Annual report of the Punjab Veterinary College and of the Civil Veterinary Department, Punjab - 1894-1908
Year: 1894
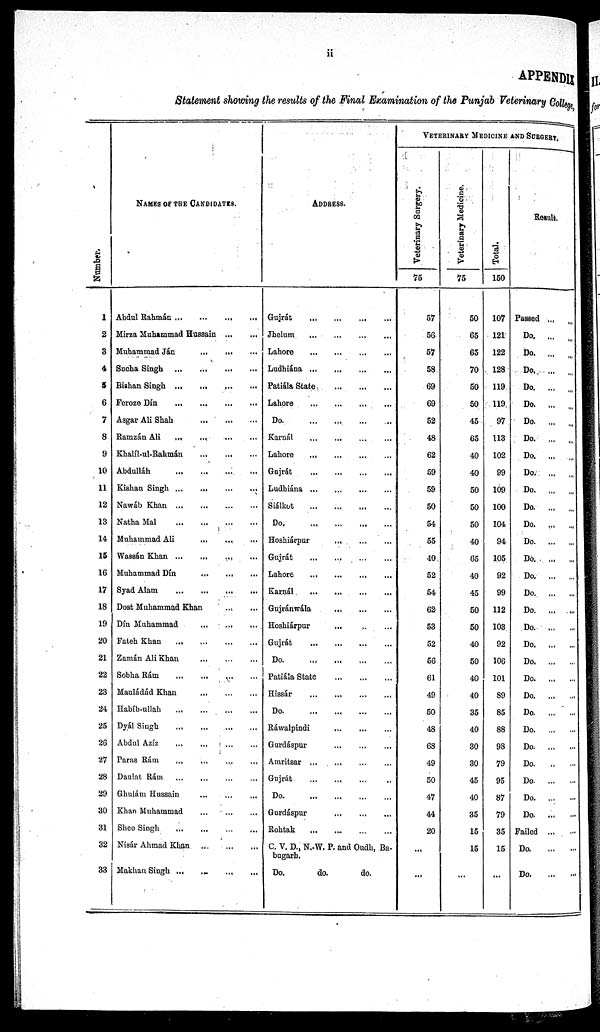
ii
APPENDIX
Statement showing the results of the Final Examination of the Punjab Veterinary College.
Number.
1
2
3
4
5
6
7
8
9
10
11
12
13
14
15
16
17
18
19
20
21
22
23
24
25
26
27
28
29
30
31
32
33
NAMES OF THE CANDIDATES.
Abdul Rahmán
...
...
...
...
Mirza Muhammad Hussain
...
...
Muhammad Ján
...
...
...
Sucha Singh
...
...
...
...
Bishan Singh
...
...
...
...
Feroze Dín
...
...
...
...
...
Asgar Ali Shah
...
...
...
Ramzán Ali
...
...
...
...
Khalíl-ul-Rahmán ... ... ...
Abdullah
...
...
...
...
Kishan Singh
...
...
...
...
Nawáb Khan
...
...
...
...
Natha
Mal
...
...
...
...
Muhammad Ali
...
...
...
Wassán Khan ... ... ... ...
Muhammad Din
...
...
...
Syad Alam
...
...
...
...
Dost Muhammad Khan ... ...
Dín Muhammad
...
...
...
Fateh Khan
...
...
...
...
Zamán Ali Khan
...
...
...
Sobha Rám
...
...
...
...
Mauládád Khan
...
...
...
Habíb-ullah
...
...
...
...
Dyál Singh
...
...
...
...
Abdul Azíz ... ... ... ...
Paras Rám
...
...
...
...
Daulat Rám
...
...
...
...
Ghulám Hussain ... ... ...
Khan Muhammad
...
...
...
Sheo Singh
...
...
...
...
Nisar Ahmad Khan
...
...
...
Makhan Singh
...
...
...
...
ADDRESS.
Gujrát
...
...
...
...
Jhelum
...
...
...
...
Lahore
...
...
...
...
Ludhiána
...
...
...
...
Patiála State
...
...
...
Lahore
...
...
...
...
Do
...
...
...
...
Karnál
...
...
...
...
Lahore
...
...
...
...
Gujrát
...
...
...
...
Ludhiána
...
...
...
...
Sialkot
...
...
...
...
Do
...
...
...
...
Hoshiárpur
...
...
...
Gujrát
...
...
...
...
Lahore
...
...
...
...
Karnál
...
...
...
...
Gujránwála
... ... ...
Hoshiárpur ... ... ...
Gujrát
...
...
...
...
Do
...
...
...
...
Patiéla State
...
...
...
Hissár … … … …
Do
...
...
...
...
Rawalpindi
...
...
...
Gurdáspur
…
…
…
Amritsar … … … …
Gujrát … … … …
Do
...
...
...
...
Gurdáspur
…
…
…
Rohtak … … … …
C. V. D., N. W. P. and Oudh, Ba-
bugarh.
Do.
do.
do.
VETERINARY MEDICINE AND SURGE
Vet er i
nar y Sur ger y.
75
57
56
57
58
69
69
52
48
62
59
59
50
54
55
40
52
54
62
53
52
56
61
49
50
48
68
49
50
47
44
20
...
Veterinary Medicine.
75
50
65
6S
70
50
50
45
65
40
40
50
50
50
40
65
40
45
50
50
40
50
40
40
35
40
30
30
45
40
35
15
15
...
Total.
150
107
121
122
128
119
119
97
113
102
99
109
100
104
94
105
92
99
112
103
92
106
101
89
85
88
93
79
95
87
79
35
15
Result.
Passed ... ...
Do. ... ...
Do. ... ...
Do
...
...
Do.
... ...
Do
...
...
Do
...
...
Do
...
...
Do
...
...
Do
...
...
Do
...
...
Do
...
...
Do
...
...
Do
...
...
Do
...
...
Do ... ...
Do ... ...
Do
...
...
Do ... ...
Do
...
...
Do
...
...
Do
...
...
Do
...
...
Do
...
...
Do
...
...
Do
...
...
Do. ... ...
Do.
... ...
Do.
... ...
Do.
... ...
Failed ... ...
Do. ... ...
Do. ... ...